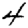
Digit: 4